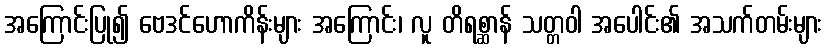
အကြောင်းပြု၍ ဗေဒင်ဟောကိန်းများ အကြောင်း၊ လူ တိရစ္ဆာန် သတ္တဝါ အပေါင်း၏ အသက်တမ်းများ